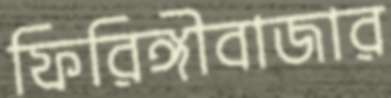
ফিরিঙ্গীবাজার